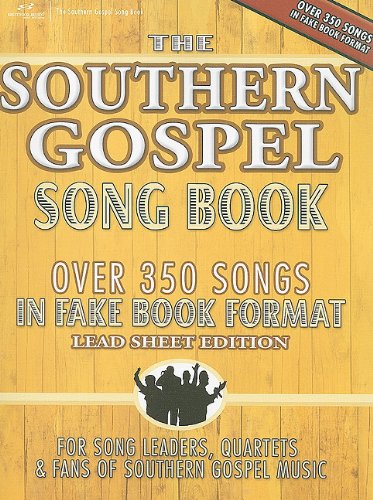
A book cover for Southern Gospel Song Book; Christian Books & Bibles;